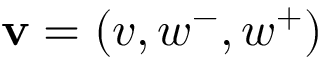
\mathbf { v } = ( v , w ^ { - } , w ^ { + } )